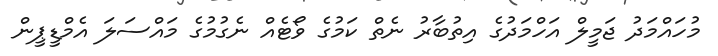
މުހައްމަދު ޖަމީލް އަހްމަދުގެ އިތުބާރު ނެތް ކަމުގެ ވޯޓެއް ނެގުމުގެ މައްސަލަ އެމްޑީޕީން